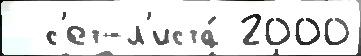
  с'ет-л'иста́ 2000